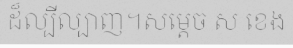
ដ៏ល្បីល្បាញ។សម្តេច ស ខេង